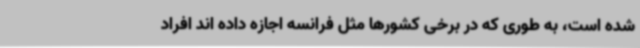
شده است، به طوری که در برخی کشورها مثل فرانسه اجازه داده اند افراد